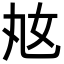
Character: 奿